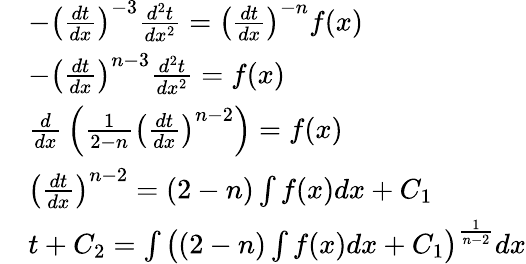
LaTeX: {\begin{array}{rl}&{-\left({\frac{dt}{dx}}\right)^{-3}{\frac{d^{2}t}{dx^{2}}}=\left({\frac{dt}{dx}}\right)^{-n}f(x)}\\ &{-\left({\frac{dt}{dx}}\right)^{n-3}{\frac{d^{2}t}{dx^{2}}}=f(x)}\\ &{{\frac{d}{dx}}\left({\frac{1}{2-n}}\left({\frac{dt}{dx}}\right)^{n-2}\right)=f(x)}\\ &{\left({\frac{dt}{dx}}\right)^{n-2}=(2-n)\int f(x)dx+C_{1}}\\ &{t+C_{2}=\int\left((2-n)\int f(x)dx+C_{1}\right)^{\frac{1}{n-2}}dx}\end{array}}